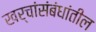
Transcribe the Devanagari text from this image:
खर्चांसंबंधांतील